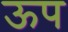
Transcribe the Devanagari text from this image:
ऊप